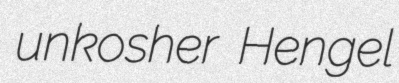
unkosher Hengel